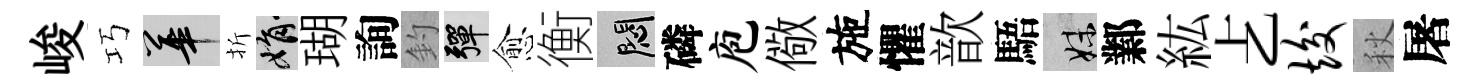
峻巧華折娟瑚詢釣彈愈衡悶磷庖儆施懼歆䮏妹鄴紘𠧒竣秋屠